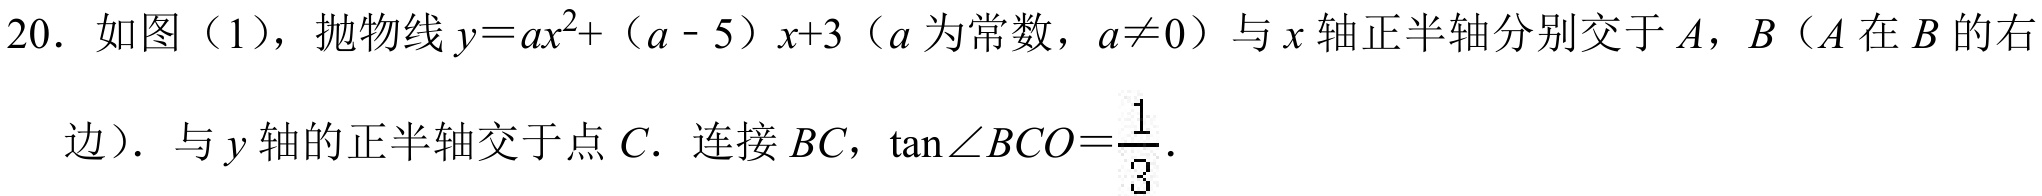
20. 如图（1），抛物线\(y = ax^{2}+(a - 5)x + 3\)（\(a\)为常数，\(a\neq0\)）与\(x\)轴正半轴分别交于\(A\)，\(B\)（\(A\)在\(B\)的右边）. 与\(y\)轴的正半轴交于点\(C\). 连接\(BC\)，\(\tan\angle BCO=\frac{1}{3}\).